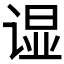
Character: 𲂒